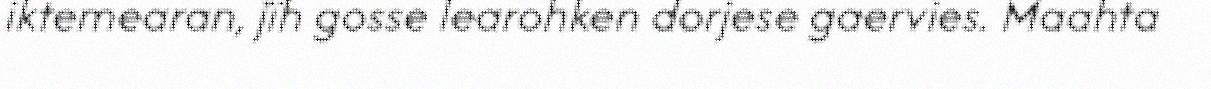
iktemearan, jïh gosse learohken dorjese gaervies. Maahta